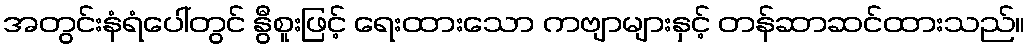
အတွင်းနံရံပေါ်တွင် နွီစူးဖြင့် ရေးထားသော ကဗျာများနှင့် တန်ဆာဆင်ထားသည်။